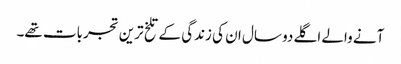
آنے والے اگلے دو سال ان کی زندگی کے تلخ ترین تجربات تھے۔